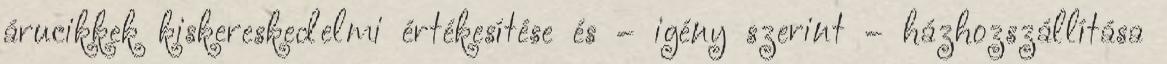
árucikkek kiskereskedelmi értékesítése és – igény szerint – házhozszállítása